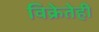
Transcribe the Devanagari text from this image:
विक्रेतेही